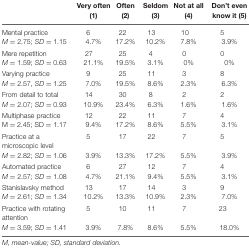
<table><thead><tr><td></td><td><b>Very often (1)</b></td><td><b>Often (2)</b></td><td><b>Seldom (3)</b></td><td><b>Not at all (4)</b></td><td><b>Don’t even know it (5)</b></td></tr></thead><tbody><tr><td>Mental practice</td><td>6</td><td>22</td><td>13</td><td>10</td><td>5</td></tr><tr><td><i>M</i> = 2.75; <i>SD</i> = 1.15</td><td>4.7%</td><td>17.2%</td><td>10.2%</td><td>7.8%</td><td>3.9%</td></tr><tr><td>Mere repetition</td><td>27</td><td>25</td><td>4</td><td>0</td><td>0</td></tr><tr><td><i>M</i> = 1.59; <i>SD</i> = 0.63</td><td>21.1%</td><td>19.5%</td><td>3.1%</td><td>0%</td><td>0%</td></tr><tr><td>Varying practice</td><td>9</td><td>25</td><td>11</td><td>3</td><td>8</td></tr><tr><td><i>M</i> = 2.57, <i>SD</i> = 1.25</td><td>7.0%</td><td>19.5%</td><td>8.6%</td><td>2.3%</td><td>6.3%</td></tr><tr><td>From detail to total</td><td>14</td><td>30</td><td>8</td><td>2</td><td>2</td></tr><tr><td><i>M</i> = 2.07; <i>SD</i> = 0.93</td><td>10.9%</td><td>23.4%</td><td>6.3%</td><td>1.6%</td><td>1.6%</td></tr><tr><td>Multiphase practice</td><td>12</td><td>22</td><td>11</td><td>7</td><td>4</td></tr><tr><td>M = 2.45; SD = 1.17</td><td>9.4%</td><td>17.2%</td><td>8.6%</td><td>5.5%</td><td>3.1%</td></tr><tr><td>Practice at a microscopic level</td><td>5</td><td>17</td><td>22</td><td>7</td><td>5</td></tr><tr><td><i>M</i> = 2.82; <i>SD</i> = 1.06</td><td>3.9%</td><td>13.3%</td><td>17.2%</td><td>5.5%</td><td>3.9%</td></tr><tr><td>Automated practice</td><td>6</td><td>27</td><td>12</td><td>7</td><td>4</td></tr><tr><td><i>M</i> = 2.57; <i>SD</i> = 1.08</td><td>4.7%</td><td>21.1%</td><td>9.4%</td><td>5.5%</td><td>3.1%</td></tr><tr><td>Stanislavsky method</td><td>13</td><td>17</td><td>14</td><td>3</td><td>9</td></tr><tr><td><i>M</i> = 2.61; <i>SD</i> = 1.34</td><td>10.2%</td><td>13.3%</td><td>10.9%</td><td>2.3%</td><td>7.0%</td></tr><tr><td>Practice with rotating attention</td><td>5</td><td>10</td><td>11</td><td>7</td><td>23</td></tr><tr><td><i>M</i> = 3.59; <i>SD</i> = 1.41</td><td>3.9%</td><td>7.8%</td><td>8.6%</td><td>5.5%</td><td>18.0%</td></tr></tbody></table>